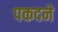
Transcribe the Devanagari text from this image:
पकदने